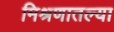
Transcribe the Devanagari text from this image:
मिश्रणातल्या